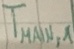
Text: TMAIN,1